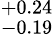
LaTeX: ^{+0.24}_{-0.19}